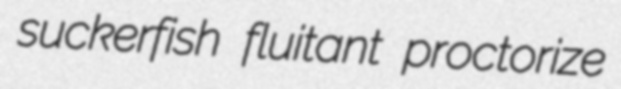
suckerfish fluitant proctorize